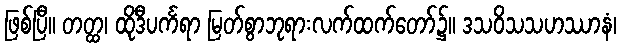
ဖြစ်ပြီ။ တတ္ထ၊ ထိုဒီပင်္ကရာ မြတ်စွာဘုရားလက်ထက်တော်၌။ ဒသဝိသသဟဿာနံ၊